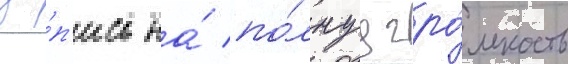
за́п'ись на́ по́лнуу гро́мкость